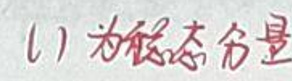
(1)为稳态分量